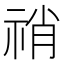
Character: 𥙬